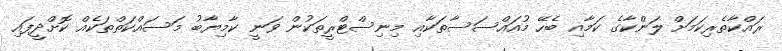
ރައްކާތެރިކަމަށް ލަންކާގެ ކަމާއި ބެހޭ މުއައްސަސާތަކާއި މިނިސްޓްރީތަކުން ވަނީ ކާމިޔާބު މަސައްކަތްތަކެއް ކޮށްދީފައި